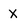
Character: X